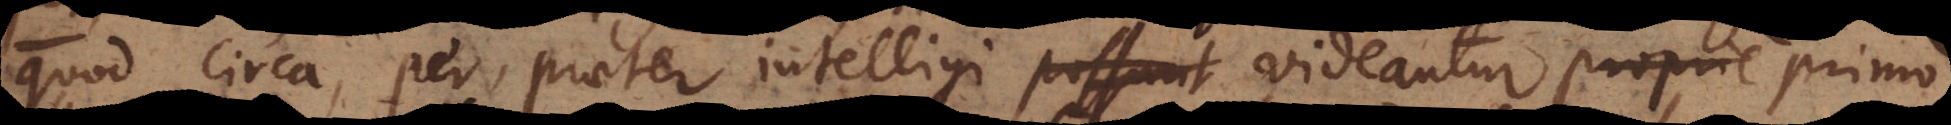
quod circa, per, praeter intelligi possunt videantur proprie primo